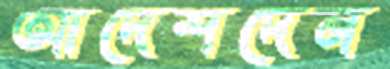
আদেশদেন